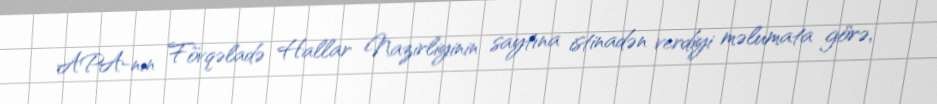
APA-nın Fövqəladə Hallar Nazirliyinin saytına istinadən verdiyi məlumata görə,